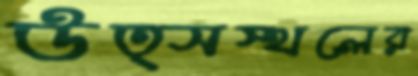
উত্সস্থলের